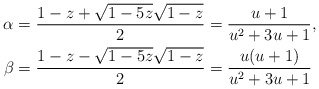
\begin{align*} \begin{aligned} \alpha &= \frac{1-z+\sqrt{1-5z}\sqrt{1-z}}{2} = \frac{u+1}{u^2+3u+1},\\ \beta &= \frac{1-z-\sqrt{1-5z}\sqrt{1-z}}{2} = \frac{u(u+1)}{u^2+3u+1} \end{aligned}\end{align*}